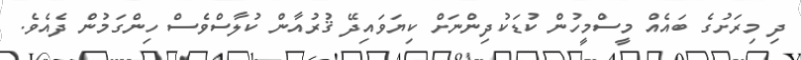
ދި މިރަށުގެ ބައެއް މީސްމީހުން ކުޑަކުދިންނަށް ކިޔަވައިދޭ ޤުރުއާން ކުލާސްވެސް ހިންގަމުން ދެއެވެ.